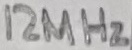
Text: 12MHz